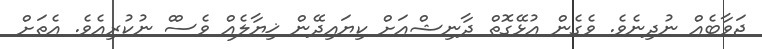
ޖަވާބެއް ނުދިނެވެ. ވެގެން އުޅޭގޮތް ދާނިޝްއަށް ކިޔައިދޭން ޚިޔާލެއް ވެސްް ނުކުރިއެވެ. އެތަށް